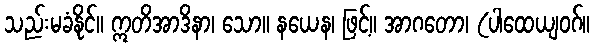
သည်းမခံနိုင်။ ဣတိအာဒိနာ၊ သော။ နယေန၊ ဖြင့်။ အာဂတော၊ (ပါထေယျဝဂ်။